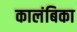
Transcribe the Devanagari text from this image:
कालंबिका